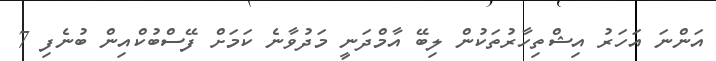
އަންނަ އަހަރު އިޝްތިހާރުތަކުން ލިބޭ އާމްދަނީ މަދުވާނެ ކަމަށް ފޭސްބުކްއިން ބުނެފި 7